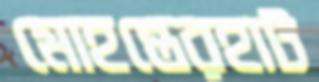
মোহন্তেরহাট